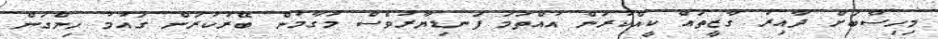
މިހިސާބަށް ދާއިރު ގާޒީތައް ކީއްކުރަން އުއްތަމަ ފަނޑިޔާރުވެސް މަގާމުން ބޭރުކުރަން ގައުމު ހިންގަން